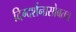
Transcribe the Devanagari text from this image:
दिग्दर्शनासोबतच